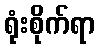
ရုံးစိုက်ရာ